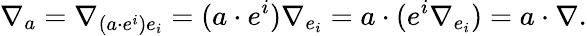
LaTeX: \nabla_{a}=\nabla_{(a\cdot e^{i})e_{i}}=(a\cdot e^{i})\nabla_{e_{i}}=a\cdot(e^{i}\nabla_{e_{i}})=a\cdot\nabla.